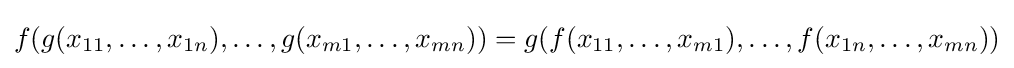
f(g(x_{11},\ldots ,x_{1n}),\ldots ,g(x_{m1},\ldots ,x_{mn}))=g(f(x_{11},\ldots ,x_{m1}),\ldots ,f(x_{1n},\ldots ,x_{mn}))